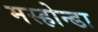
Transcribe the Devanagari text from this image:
मस्होन्डा